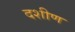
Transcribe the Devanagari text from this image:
दशीण